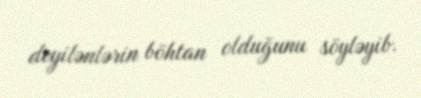
deyilənlərin böhtan olduğunu söyləyib.